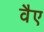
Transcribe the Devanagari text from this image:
वैए